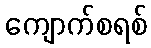
ကျောက်စရစ်